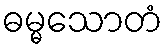
ဓမ္မသောတံ